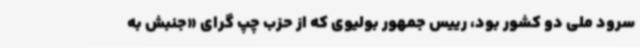
سرود ملی دو کشور بود، رییس جمهور بولیوی که از حزب چپ گرای «جنبش به